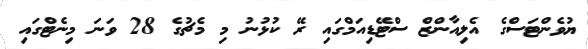
ޔުވެންޓަސްގެ އެލިއާންޒް ސްޓޭޑިއަމްގައި ރޭ ކުޅުނު މި މެޗުގެ 28 ވަނަ މިނެޓްގައި